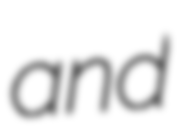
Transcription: and